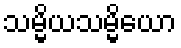
သမ္မိယသမ္မိယော